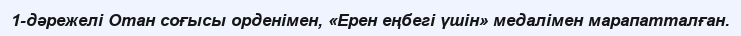
1-дәрежелі Отан соғысы орденімен, «Ерен еңбегі үшін» медалімен марапатталған.